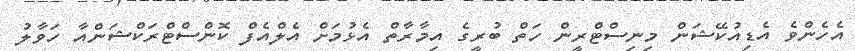
އެހެންވެ އެޑިއުކޭޝަން މިނިސްޓްރީން ހަތް ބުރީގެ އިމާރާތް އެޅުމަށް އެލްއެފް ކޮންސްޓްރަކްޝަންއާ ހަވާލު